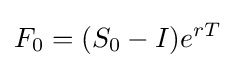
F_{0}=(S_{0}-I)e^{rT}